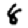
Digit: 8